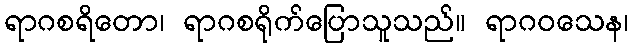
ရာဂစရိတော၊ ရာဂစရိုက်ပြောသူသည်။ ရာဂဝသေန၊